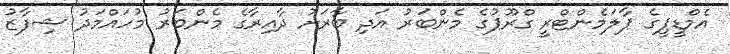
އެމްޑީޕީގެ ޕާލަމެންޓްރީ ގްރޫޕުގެ މެންބަރު އަދި ބާރަށު ދާއިރާގެ މެންބަރު މުހައްމަދު ޝިފާޒު